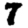
Digit: 7